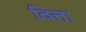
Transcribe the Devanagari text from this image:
वित्ता